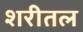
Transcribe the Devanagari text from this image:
शरीतल